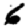
Digit: 6